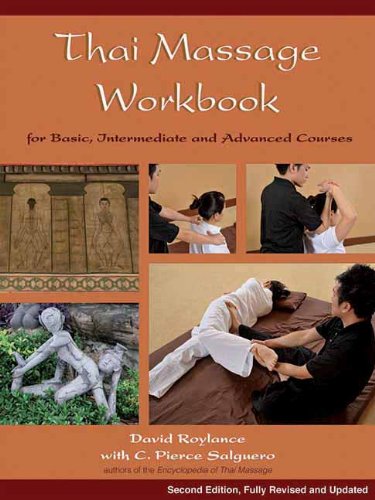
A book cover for Thai Massage Workbook: For Basic, Intermediate, and Advanced Courses; C. Pierce Salguero; Health, Fitness & Dieting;